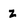
Character: z